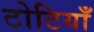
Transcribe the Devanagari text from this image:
टोटियाँ